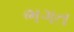
ભગત